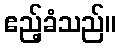
ဧည့်ခံသည်။